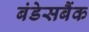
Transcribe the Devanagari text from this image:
बंडेसबैंक